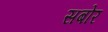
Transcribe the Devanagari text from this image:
सबोर